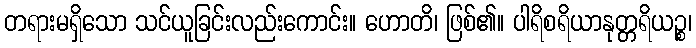
တရားမရှိသော သင်ယူခြင်းလည်းကောင်း။ ဟောတိ၊ ဖြစ်၏။ ပါရိစရိယာနုတ္တရိယဉ္စ၊